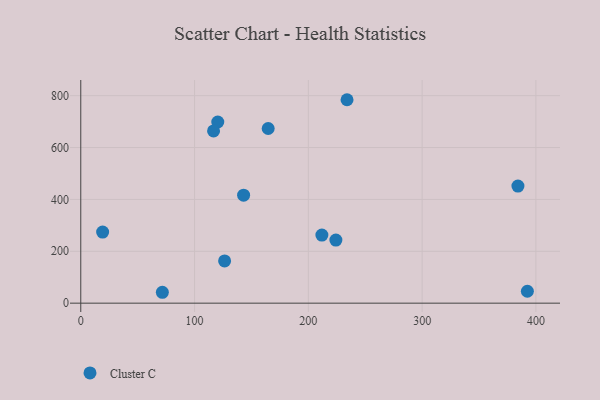
{"axis": {"x": "Investment", "y": "Sales"}, "legend": ["Cluster C"], "data": [{"x": "392.5", "y": 45.9, "type": "Cluster C"}, {"x": "224.2", "y": 243.2, "type": "Cluster C"}, {"x": "143.1", "y": 416.4, "type": "Cluster C"}, {"x": "164.7", "y": 673.3, "type": "Cluster C"}, {"x": "19.2", "y": 274.1, "type": "Cluster C"}, {"x": "126.4", "y": 162.9, "type": "Cluster C"}, {"x": "71.7", "y": 42.0, "type": "Cluster C"}, {"x": "120.4", "y": 698.4, "type": "Cluster C"}, {"x": "116.7", "y": 663.9, "type": "Cluster C"}, {"x": "234.0", "y": 784.3, "type": "Cluster C"}, {"x": "211.9", "y": 262.4, "type": "Cluster C"}, {"x": "384.2", "y": 451.4, "type": "Cluster C"}]}